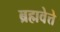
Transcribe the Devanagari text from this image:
ब्रह्मवेत्ते